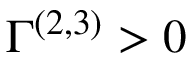
\Gamma ^ { ( 2 , 3 ) } > 0